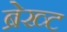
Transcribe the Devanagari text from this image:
ब्रेख्ट